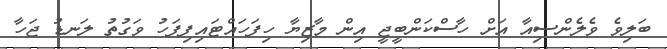
ބަލިވެ ވެލެންސިއާ އަށް ހާސްކަންބީޖީ އިން މާޒިޔާ ހިފަހައްޓައިފިފަހު ވަގުތު ލަނޑު ޖަހާ